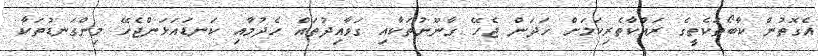
އެގޮތުން ކާބޯތަކެތީގެ ރައްކާތެރިކަމަށް ހަދަން ޖެެހޭ ގާނޫނުތަކާއި ގަވާއިދުތައް ހެދުމާއި ކަނޑައަޅަންޖެހޭ މިންގަނޑުތަކާ